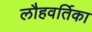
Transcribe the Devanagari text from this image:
लौहवर्तिका